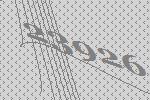
23926